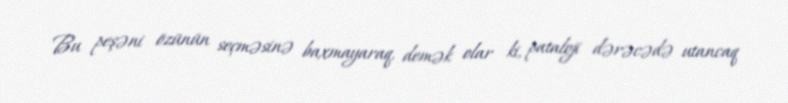
Bu peşəni özünün seçməsinə baxmayaraq, demək olar ki, pataloji dərəcədə utancaq